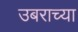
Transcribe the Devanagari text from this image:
उबराच्या